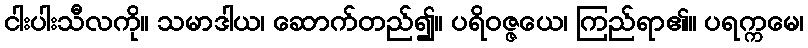
ငါးပါးသီလကို။ သမာဒါယ၊ ဆောက်တည်၍။ ပရိဝဇ္ဇယေ၊ ကြည်ရာ၏။ ပရက္ကမေ၊